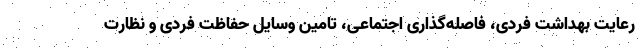
رعایت بهداشت فردی، فاصله‌گذاری اجتماعی، تامین وسایل حفاظت فردی و نظارت